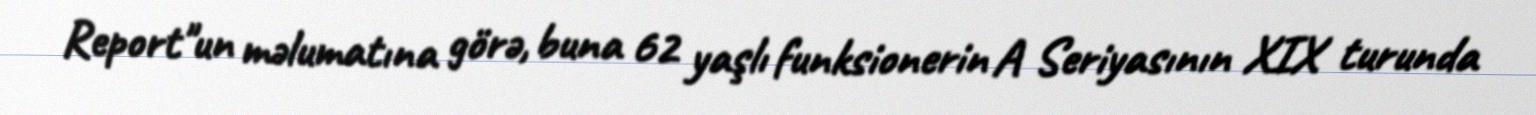
Report"un məlumatına görə, buna 62 yaşlı funksionerin A Seriyasının XIX turunda